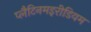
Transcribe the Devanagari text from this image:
प्लैटिनमइरीडियम